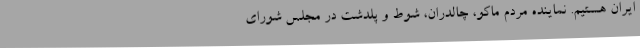
ایران هستیم. نماینده مردم ماکو، چالدران، شوط و پلدشت در مجلس شورای